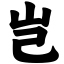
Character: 岂